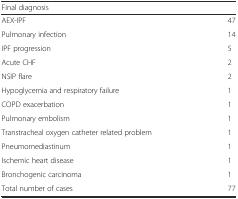
<table><thead><tr><td><b>Final diagnosis</b></td><td></td></tr></thead><tbody><tr><td>AEX-IPF</td><td>47</td></tr><tr><td>Pulmonary infection</td><td>14</td></tr><tr><td>IPF progression</td><td>5</td></tr><tr><td>Acute CHF</td><td>2</td></tr><tr><td>NSIP flare</td><td>2</td></tr><tr><td>Hypoglycemia and respiratory failure</td><td>1</td></tr><tr><td>COPD exacerbation</td><td>1</td></tr><tr><td>Pulmonary embolism</td><td>1</td></tr><tr><td>Transtracheal oxygen catheter related problem</td><td>1</td></tr><tr><td>Pneumomediastinum</td><td>1</td></tr><tr><td>Ischemic heart disease</td><td>1</td></tr><tr><td>Bronchogenic carcinoma</td><td>1</td></tr><tr><td>Total number of cases</td><td>77</td></tr></tbody></table>